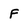
Character: F